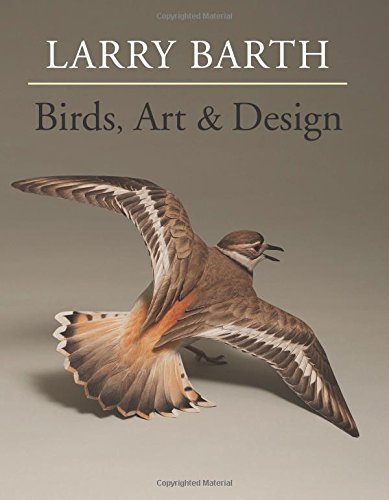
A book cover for Birds, Art & Design; Larry Barth; Crafts, Hobbies & Home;